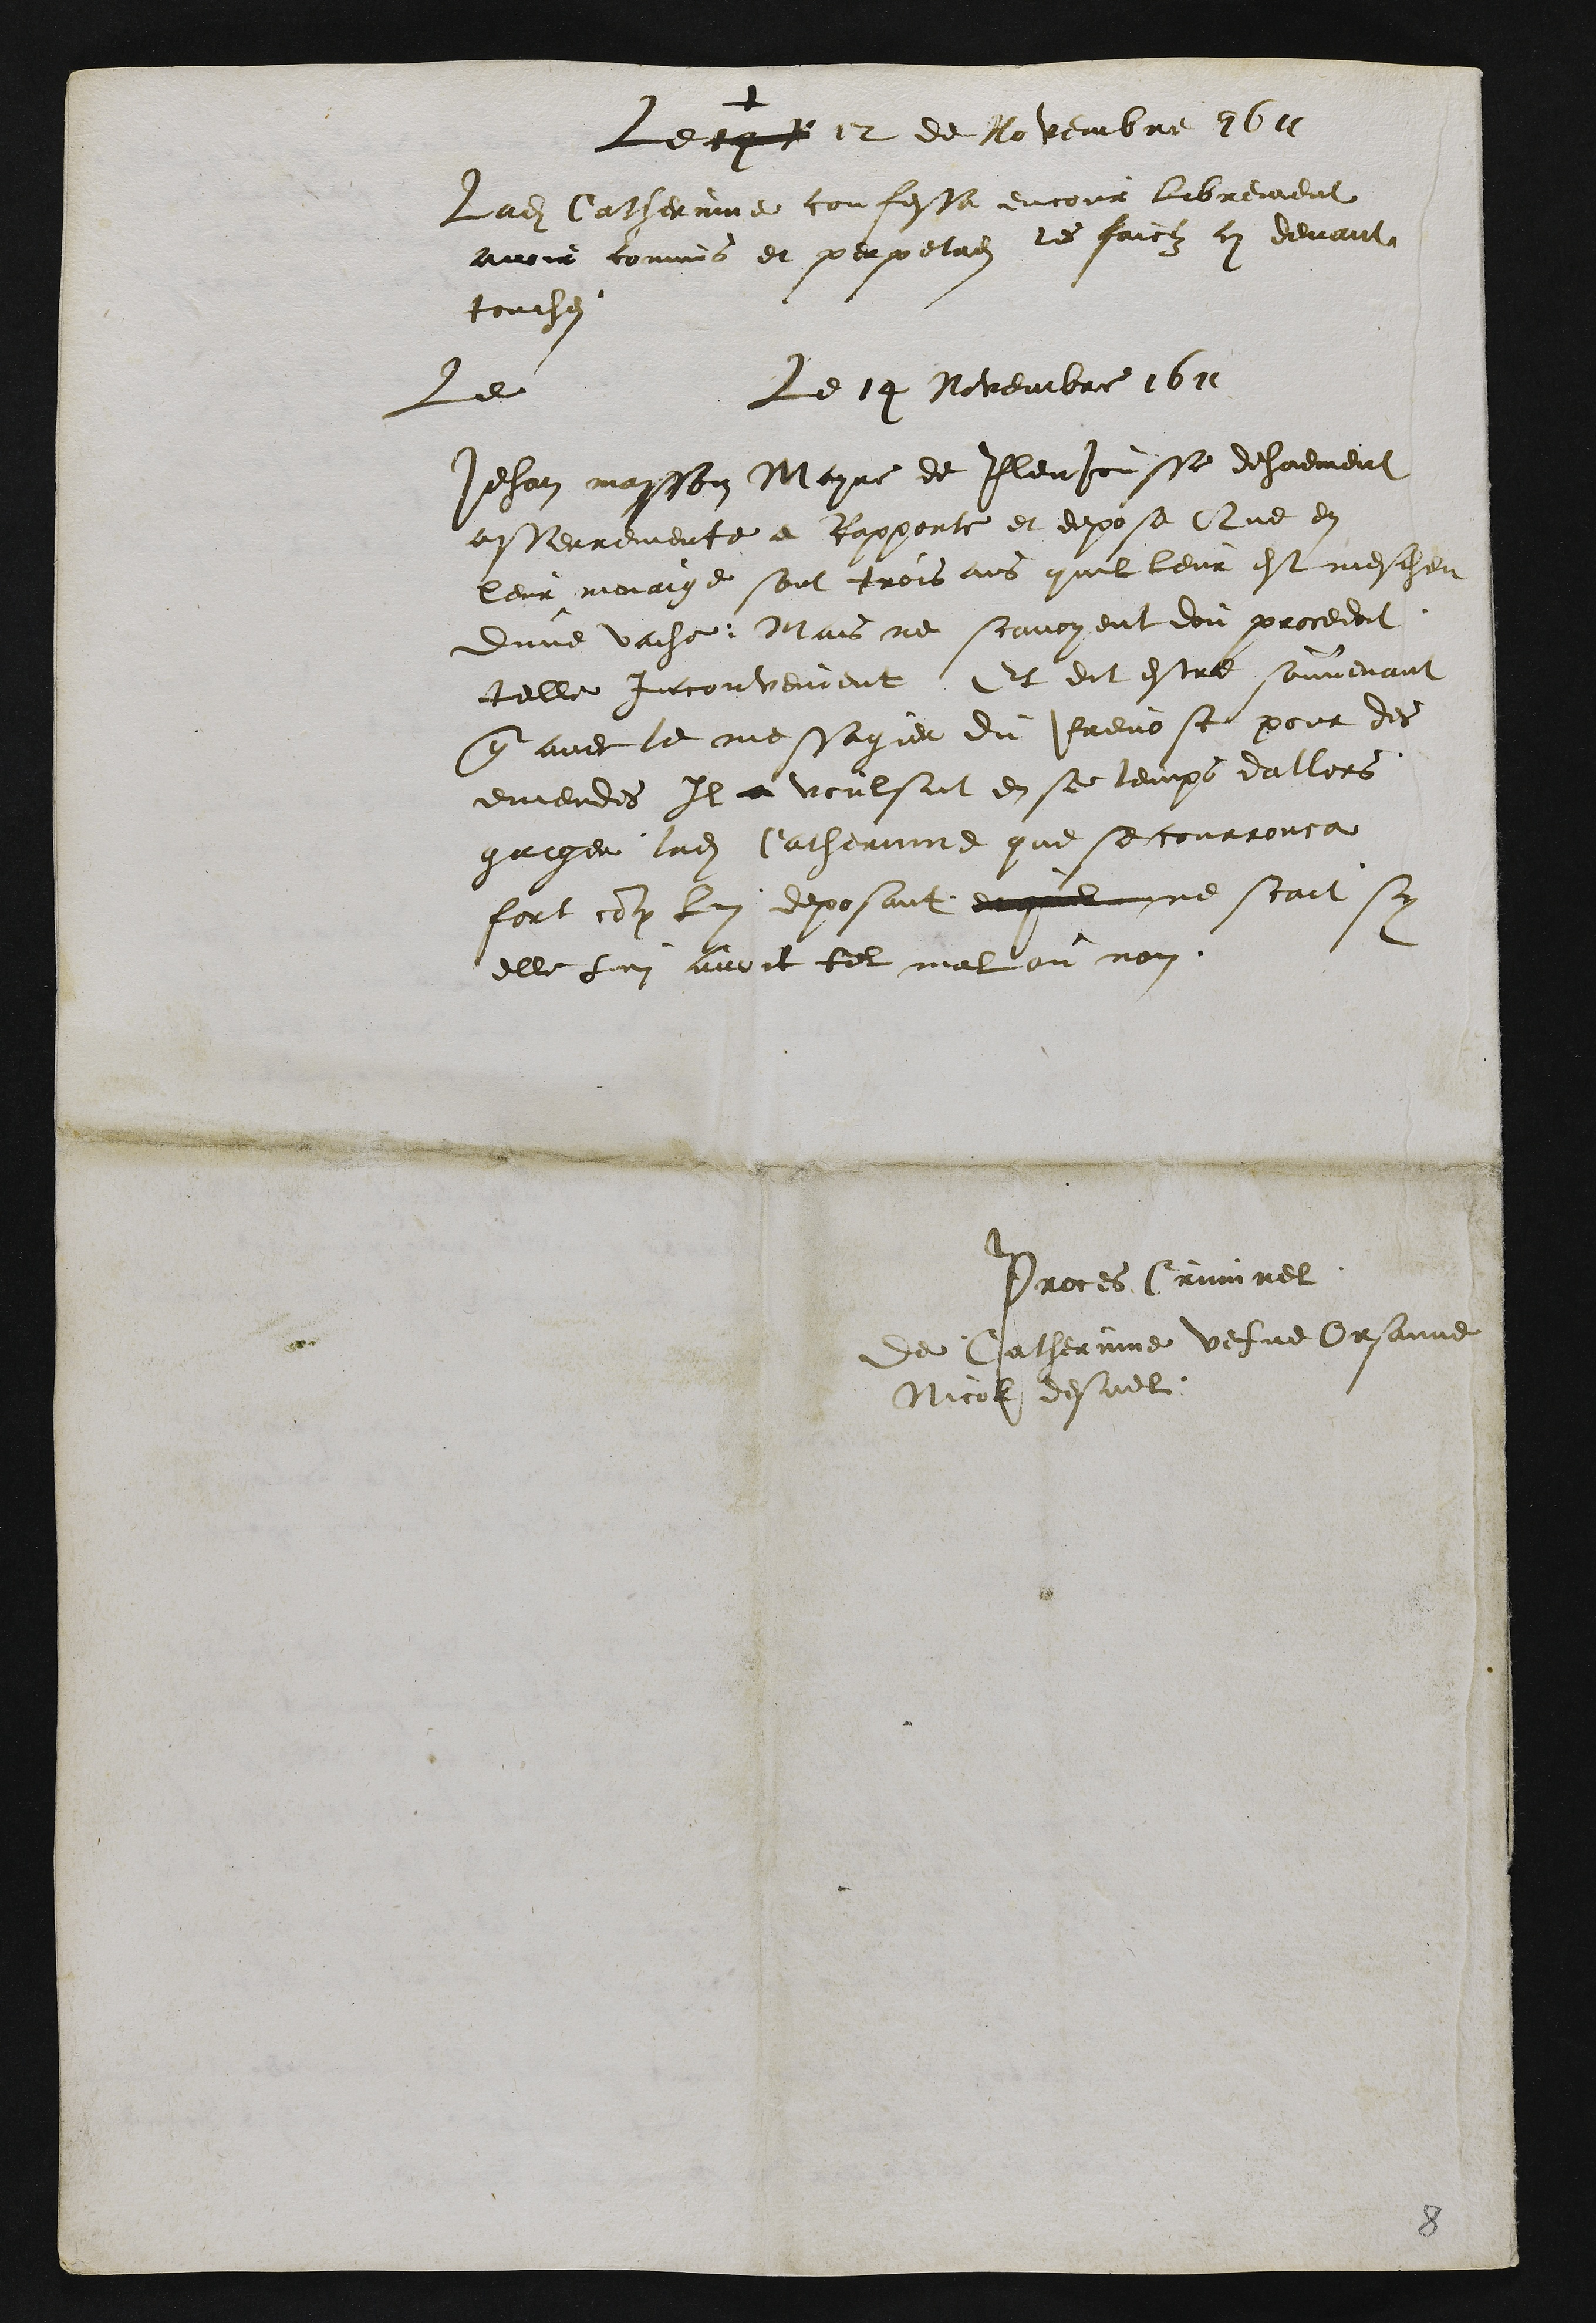
+
Le 14 N 12 de Novembre 1611
Ladite Catherinne confesse encour librement
avoir commis et perpetres les faictz cy devant
touches
Le Le 14 Novembre 1611
Jehan masson Mayre de Pleujousse dehuement
asserremente a Rapporte et depose Que en
leur menaige sont trois ans quil leur est mescheu
dune vache Mais ne scavoyent dou procedoit
telle inconvenient Et dit estre souvenant
que avec le messagier du Prevost pour des
emendes Il a voulsut en se temps dallors
gaiger ladite Catherinne que se courrouca
fort contre lui deposant et quil ne scait sy
elle Lui avoit tel mal ou non.
Proces Criminel
de Catherinne vefve Orsanne
Nicol desuel